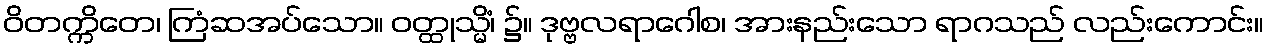
ဝိတက္ကိတေ၊ ကြံဆအပ်သော။ ဝတ္ထုသ္မိံ၊ ၌။ ဒုဗ္ဗလရာဂေါစ၊ အားနည်းသော ရာဂသည် လည်းကောင်း။